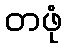
တဖုံ